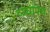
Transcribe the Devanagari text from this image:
व्य्घ्रापथ